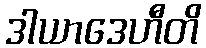
ဒါယာဒေဟီတိ